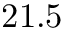
2 1 . 5